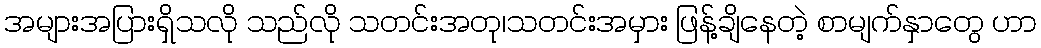
အများအပြားရှိသလို သည်လို သတင်းအတု၊သတင်းအမှား ဖြန့်ချိနေတဲ့ စာမျက်နှာတွေ ဟာ